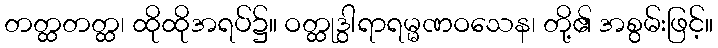
တတ္ထတတ္ထ၊ ထိုထိုအရပ်၌။ ဝတ္ထုဒွါရာရမ္မဏဝသေန၊ တို့၏ အစွမ်းဖြင့်။